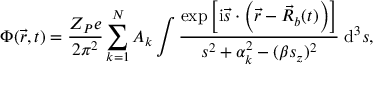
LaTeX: \Phi ( \vec { r } , t ) = { \displaystyle \frac { Z _ { P } e } { 2 \pi ^ { 2 } } \sum _ { k = 1 } ^ { N } A _ { k } \int \frac { \exp \left[ \mathrm { i } \vec { s } \cdot \left( \vec { r } - \vec { R } _ { b } ( t ) \right) \right] } { s ^ { 2 } + \alpha _ { k } ^ { 2 } - ( \beta s _ { z } ) ^ { 2 } } \; \mathrm { d } ^ { 3 } s } ,